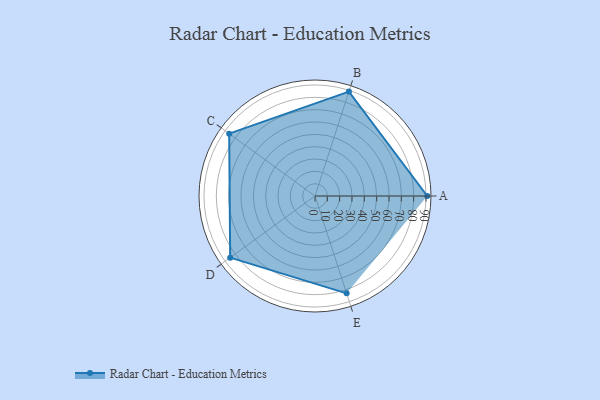
{"axis": {"x": "Skill", "y": "Score"}, "legend": ["Profile"], "data": [{"x": "A", "y": 91.0, "type": "Profile"}, {"x": "B", "y": 89.0, "type": "Profile"}, {"x": "C", "y": 86.0, "type": "Profile"}, {"x": "D", "y": 85.0, "type": "Profile"}, {"x": "E", "y": 83.0, "type": "Profile"}]}